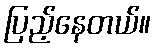
ပြည့်နေတယ်။